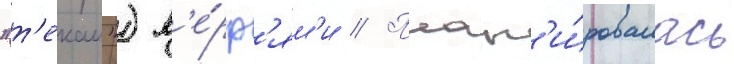
"т'екаи") в'е́рф'ям'и // План'и́ровалась